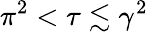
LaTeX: \pi^{2}<\tau\lesssim\gamma^{2}